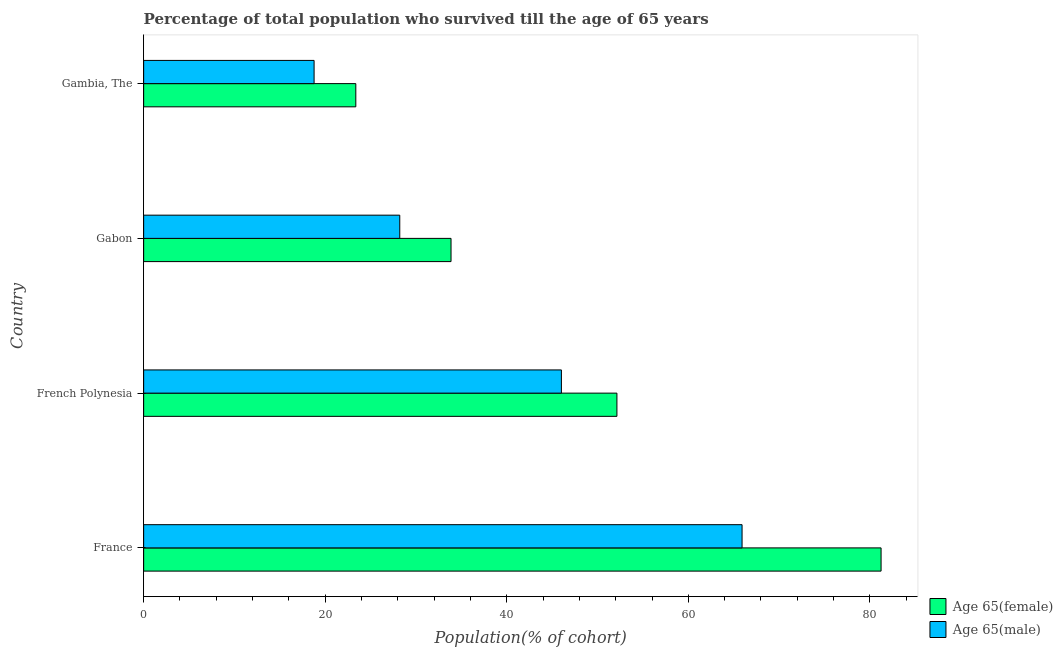
| Country | Age 65(female) | Age 65(male) |
 | --- | --- | --- |
 | France | 81.2 | 65.9 |
 | French Polynesia | 52.1 | 46 |
 | Gabon | 33.9 | 28.2 |
 | Gambia, The | 23.4 | 18.8 |